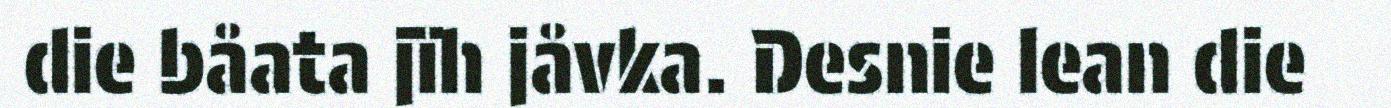
die båata jïh jåvka. Desnie lean die